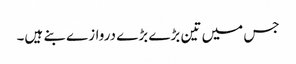
جس میں تین بڑے بڑے دروازے بنے ہیں۔